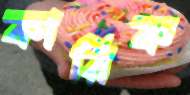
কারিক